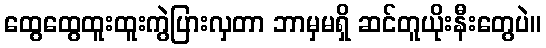
ထွေထွေထူးထူးကွဲပြားလှတာ ဘာမှမရှိ ဆင်တူယိုးနီးတွေပဲ။